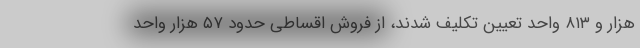
هزار و ۸۱۳ واحد تعیین تکلیف شدند، از فروش اقساطی حدود ۵۷ هزار واحد